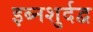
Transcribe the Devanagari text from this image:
इब्नशुर्दद्व